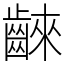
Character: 𪘨